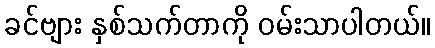
ခင်ဗျား နှစ်သက်တာကို ဝမ်းသာပါတယ်။